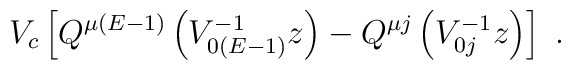
V_c\left[ Q^{\mu (E-1)}\left( V_{0(E-1)}^{-1}z\right) -Q^{\mu j}\left( V^{-1}_{0j}z\right)\right] \ .